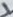
Text: 1